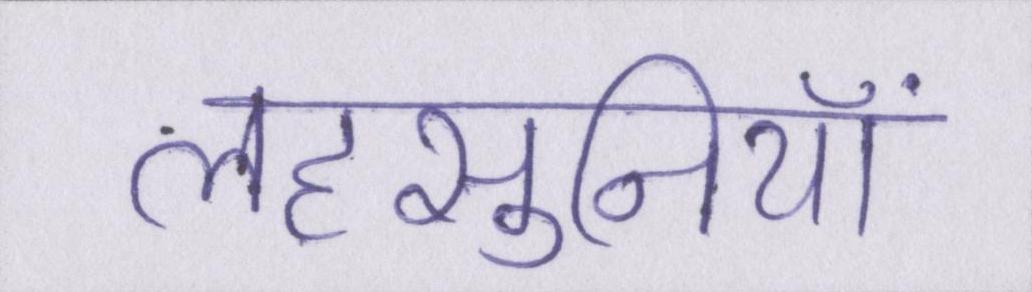
लहसुनियां